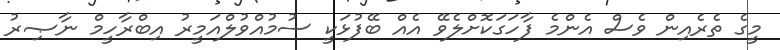
މީގެ ތެރެއިން ވެސް އެންމެ ފާހަގަކޮށްލެވޭ އެއް ބޭފުޅަކީ ސުމުއްވުލްއަމީރު އިބްރާހީމް ނާޞިރު